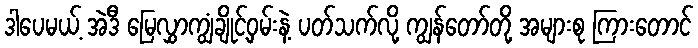
ဒါပေမယ့် အဲဒီ မြေလွှာကျွံချိုင့်ဝှမ်းနဲ့ ပတ်သက်လို့ ကျွန်တော်တို့ အများစု ကြားတောင်